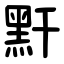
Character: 䵟